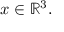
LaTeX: \qquad x \in \mathbb { R } ^ { 3 } .